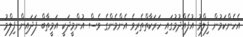
އެހެންކަމުން ފިލްމު އުފެއްދުމުގައި ހަރަކާތްތެރިވެ އެންމެންގެ ވެސް އުންމީދަކީ އަމީތާބް ފަދައިން ފިލްމު